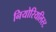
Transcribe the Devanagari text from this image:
नियोरियलिस्ट